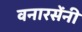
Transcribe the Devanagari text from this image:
वनारसेंनी